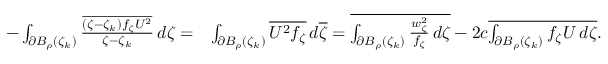
\begin{array} { r l } { - \int _ { \partial B _ { \rho } ( \zeta _ { k } ) } \frac { \overline { { ( \zeta - \zeta _ { k } ) f _ { \zeta } U ^ { 2 } } } } { \zeta - \zeta _ { k } } \, d \zeta = } & { \int _ { \partial B _ { \rho } ( \zeta _ { k } ) } \overline { { U ^ { 2 } f _ { \zeta } } } \, d \overline { \zeta } = \overline { { \int _ { \partial B _ { \rho } ( \zeta _ { k } ) } \frac { w _ { \zeta } ^ { 2 } } { f _ { \zeta } } \, d \zeta } } - 2 c \overline { { \int _ { \partial B _ { \rho } ( \zeta _ { k } ) } f _ { \zeta } U \, d \zeta } } . } \end{array}